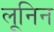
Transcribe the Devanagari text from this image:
लूनिन